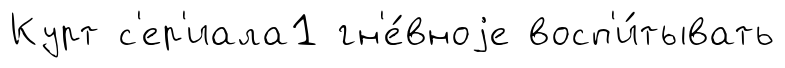
Курт с'ер'иала1 гн'е́вноjе восп'и́тывать